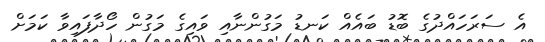
އެ ސަރަހައްދުގެ ބޮޑު ބައެއް ކަނޑު މަގުންނާއި ވައިގެ މަގުން ހޯދާފައިވާ ކަމަށް